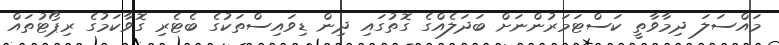
މައްސަލަ ދިމާވާތީ ކަސްޓަމަރުންނަށް ބަދަލެއްގެ ގޮތުގައި ދިން ޑިވައިސްތަކުގެ ބެޓެރި ގޮވާކަމުގެ ރިޕޯޓުތައް